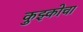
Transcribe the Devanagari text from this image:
कुझ्कोचा